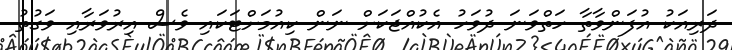
ދަރިއަކު އުފަންވާތާ ހަތްވަނަ ދުވަހު އެކުއްޖަކަށް ނަން ކިއުމަށްޓަކައި ވެސް އިރުވަރާއި ވަގުތު